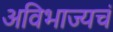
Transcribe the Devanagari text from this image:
अविभाज्यचं